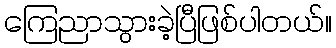
ကြေညာသွားခဲ့ပြီဖြစ်ပါတယ်။